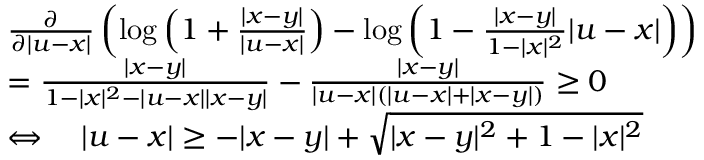
\begin{array} { r l } & { \frac { \partial } { \partial | u - x | } \left( \log \left( 1 + \frac { | x - y | } { | u - x | } \right) - \log \left( 1 - \frac { | x - y | } { 1 - | x | ^ { 2 } } | u - x | \right) \right) } \\ & { = \frac { | x - y | } { 1 - | x | ^ { 2 } - | u - x | | x - y | } - \frac { | x - y | } { | u - x | ( | u - x | + | x - y | ) } \geq 0 } \\ & { \Leftrightarrow \quad | u - x | \geq - | x - y | + \sqrt { | x - y | ^ { 2 } + 1 - | x | ^ { 2 } } } \end{array}